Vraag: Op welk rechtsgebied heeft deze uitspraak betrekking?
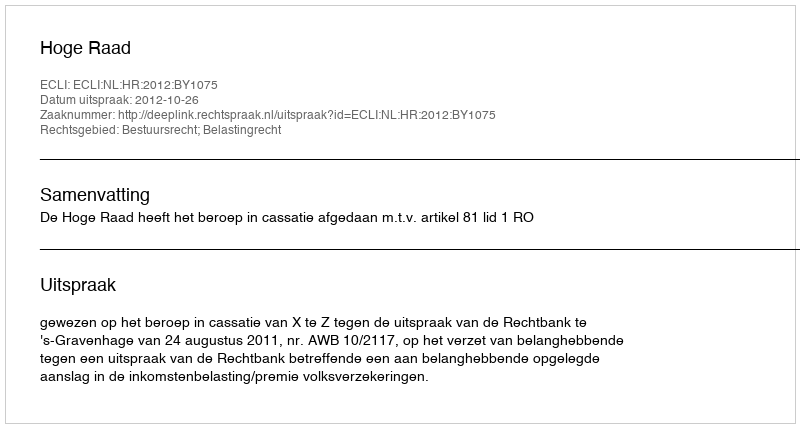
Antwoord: Bestuursrecht; Belastingrecht